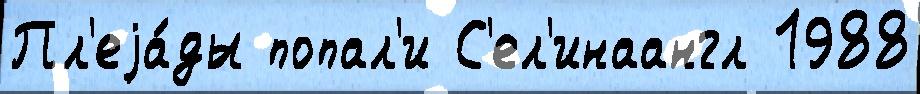
Пл'еjа́ды попал'и С'ел'инаангл 1988